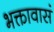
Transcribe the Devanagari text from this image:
भक्तावासं